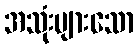
အသုံးများသော